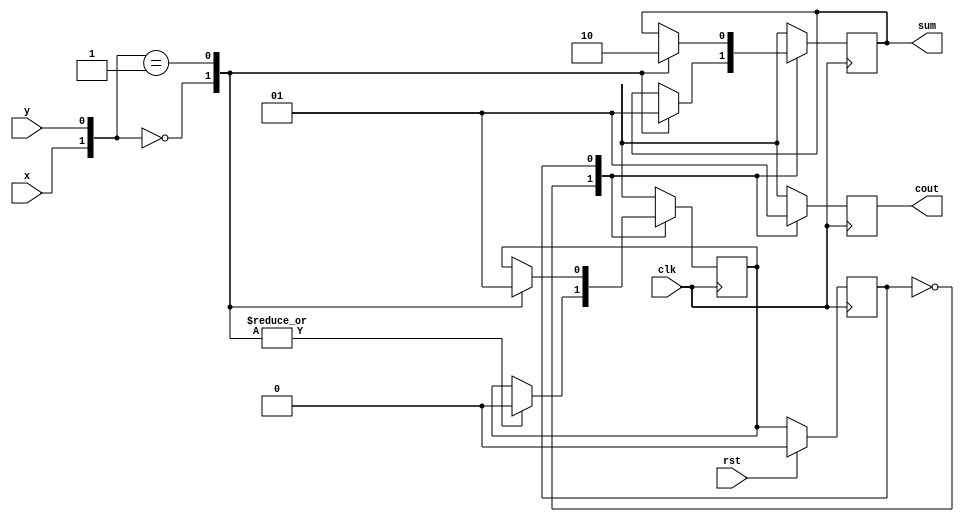
`timescale 1ns / 1ps
//////////////////////////////////////////////////////////////////////////////////
// Company: 
// Engineer: 
// 
// Design Name: 
// Module Name: Serial_Adder_Mealy
// Project Name: 
// Target Devices: 
// Tool Versions: 
// Description: 
// 
// Dependencies: 
// 
// Revision:
// Revision 0.01 - File Created
// Additional Comments:
// 
//////////////////////////////////////////////////////////////////////////////////


module Serial_Adder_Mealy(x, y, rst, clk, sum, cout);
input x, y, rst, clk;
output reg sum, cout;
reg currentState, nextState;
parameter S0 = 1'd0, S1 = 1'd1;

always @(posedge clk)
begin
    if(rst)
        currentState = S0;
    else
        currentState = nextState;
end

always @(posedge clk)
begin
    case (currentState)
        S0:
        begin
            cout = 0;
            case ({x, y})
                00:
                begin
                    nextState = S0;
                    sum = 0;
                end
                01, 10:
                begin
                    nextState = S0;
                    sum = 1;
                end
                11:
                begin
                    nextState = S1;
                    sum = 0;
                end
            endcase
        end
        S1:
        begin
            cout = 1;
            case ({x, y})
                00:
                begin
                    nextState = S0;
                    sum = 1;
                end
                01, 10:
                begin
                    nextState = S1;
                    sum = 0;
                end
                11:
                begin
                    nextState = S1;
                    sum = 1;
                end
            endcase
        end
    endcase
end
endmodule